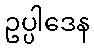
ဥပ္ပါဒေန